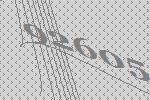
92605